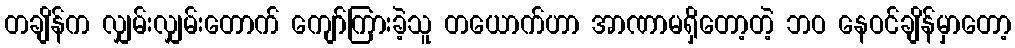
တချိန်က လျှမ်းလျှမ်းတောက် ကျော်ကြားခဲ့သူ တယောက်ဟာ အာဏာမရှိတော့တဲ့ ဘဝ နေဝင်ချိန်မှာတော့